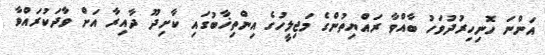
އަންނަ ހޮނިހިރުދުވަހު ބާއްވާ ރައްޔިތުންގެ މަޖިލީހުގެ އިންތިޚާބުގައި ކާށިދޫ ދާއިރާ އަށް ވާދަކުރައްވާ